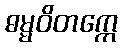
ဓမ္မဝိတက္ကေ